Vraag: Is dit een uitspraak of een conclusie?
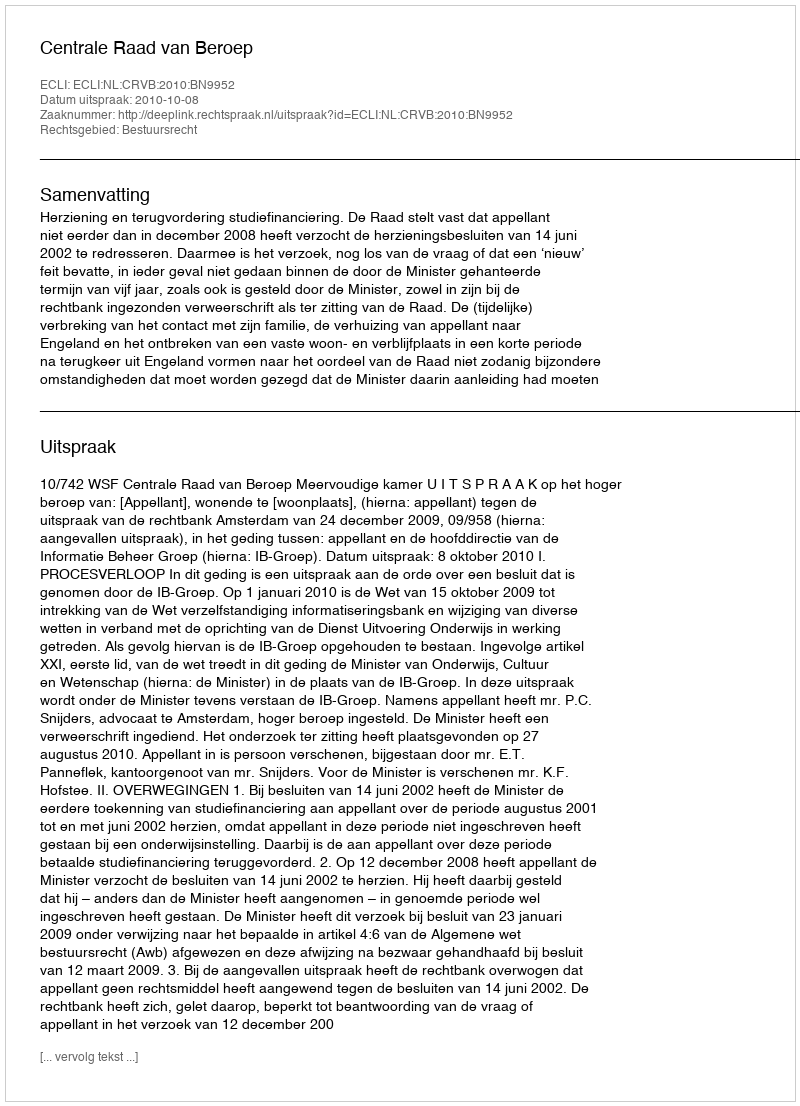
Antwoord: Uitspraak